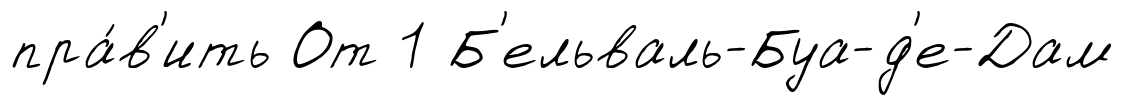
пра́в'ить От 1 Б'ельваль-Буа-д'е-Дам